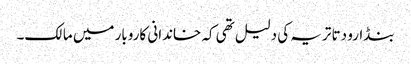
بنڈارو دتا تریہ کی دلیل تھی کہ خاندانی کاروبار میں مالک۔